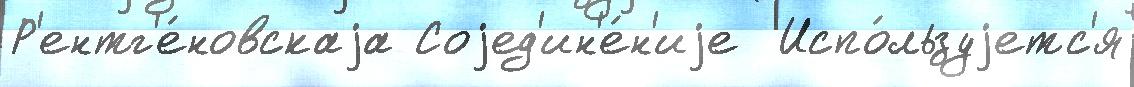
Р'ентг'е́новскаjа Соjед'ин'е́н'иjе  Испо́льзуjетс'я